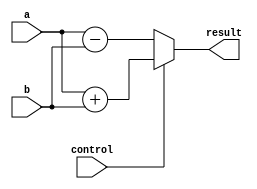
module Alu #(
    parameter DATA_WIDTH = 16
)(
    a,
    b,
    control,      
    result
);

//-------------------------------------------------------
// Input & Output Declaraiton
//-------------------------------------------------------
input  control;
input  signed [DATA_WIDTH-1:0] a;
input  signed [DATA_WIDTH-1:0] b;
output wire signed [DATA_WIDTH-1:0] result;

assign result = (control) ? a + b : a - b;

endmodule